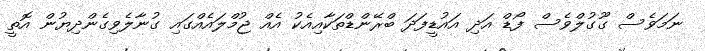
ނަމަވެސް ގޫގުލްވެސް ފޯޑް އަދި އައުޑީފަދަ ބްރޭންޑްތަކާއިއެކު އެއް ޖުމްލައެއްގައި ގުނާލެވިގެންދިޔުން އޮތީ